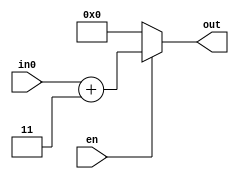
module add_8b(
    input [7:0] in0,
    input en,
    output [7:0] out
);
    
    assign out = (en) ? in0 + 3 : 0;

endmodule